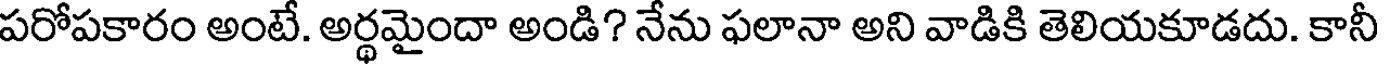
పరోపకారం అంటే. అర్థమైందా అండి? నేను ఫలానా అని వాడికి తెలియకూడదు. కానీ